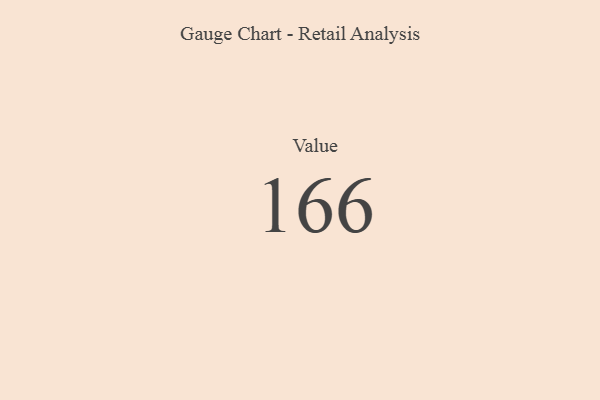
{"axis": {"x": "Metric", "y": "Value"}, "legend": [""], "data": [{"x": "Value", "y": 166, "type": ""}]}